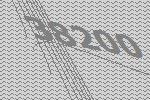
38200